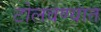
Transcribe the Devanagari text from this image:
टोलवण्यात